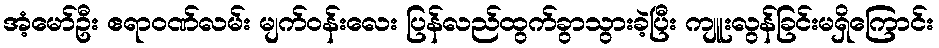
အံ့မော်ဦး ဧရာဝဏ်လမ်း မျက်ဝန်းလေး ပြန်လည်ထွက်ခွာသွားခဲ့ပြီး ကျူးလွန်ခြင်းမရှိကြောင်း